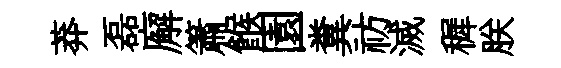
莽磊廨簫餱園糞祊滅穉朕